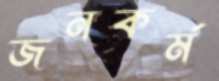
জনকর্ম